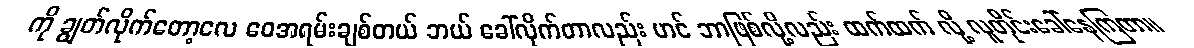
ကို ချွတ်လိုက်တော့လေ ဝေအရမ်းချစ်တယ် ဘယ် ခေါ်လိုက်တာလည်း ဟင် ဘာဖြစ်လို့လည်း ထက်ထက် လို့ လူတိုင်းခေါ်နေကြတာ။